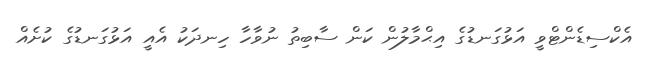
އެކްސިޑެންޓްވީ އަޅުގަނޑުގެ އިޙްމާލުން ކަން ސާބިތު ނުވާހާ ހިނދަކު އެއީ އަޅުގަނޑުގެ ކުށެއް